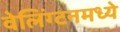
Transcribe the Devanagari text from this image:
वेलिंग्टनमध्ये